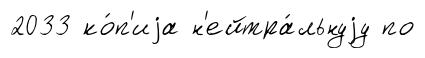
2033 ко́п'иjа н'ейтра́льнуjу по